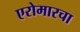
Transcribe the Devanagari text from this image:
एरोमारचा